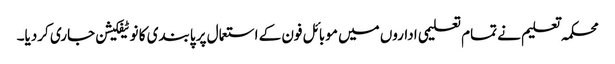
محکمہ تعلیم نے تمام تعلیمی اداروں میں موبائل فون کے استعمال پر پابندی کا نوٹیفکیشن جاری کردیا۔